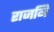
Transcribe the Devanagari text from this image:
राजनि